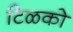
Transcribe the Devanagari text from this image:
टिळको